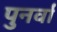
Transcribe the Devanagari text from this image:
पुनर्वा